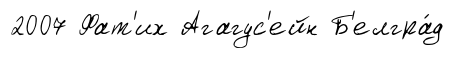
2007 Фат'их Агагус'ейн Б'елгра́д